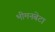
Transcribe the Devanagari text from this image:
भीमनबेटा